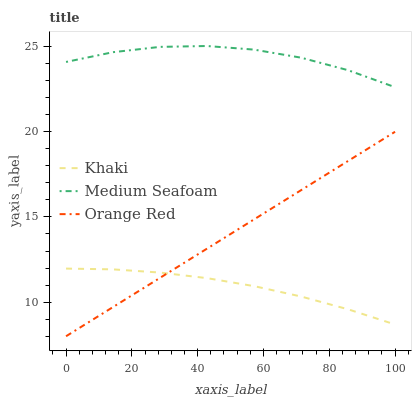
| xaxis_label | Khaki | Medium Seafoam | Orange Red |
 | --- | --- | --- | --- |
 | 0 | 12 | 24.1 | 8 |
 | 14.3 | 11.9 | 24.7 | 9.71 |
 | 28.6 | 11.7 | 25 | 11.4 |
 | 42.9 | 11.4 | 25 | 13.1 |
 | 57.1 | 10.9 | 24.8 | 14.9 |
 | 71.4 | 10.3 | 24.3 | 16.6 |
 | 85.7 | 9.58 | 23.6 | 18.3 |
 | 100 | 8.69 | 22.6 | 20 |